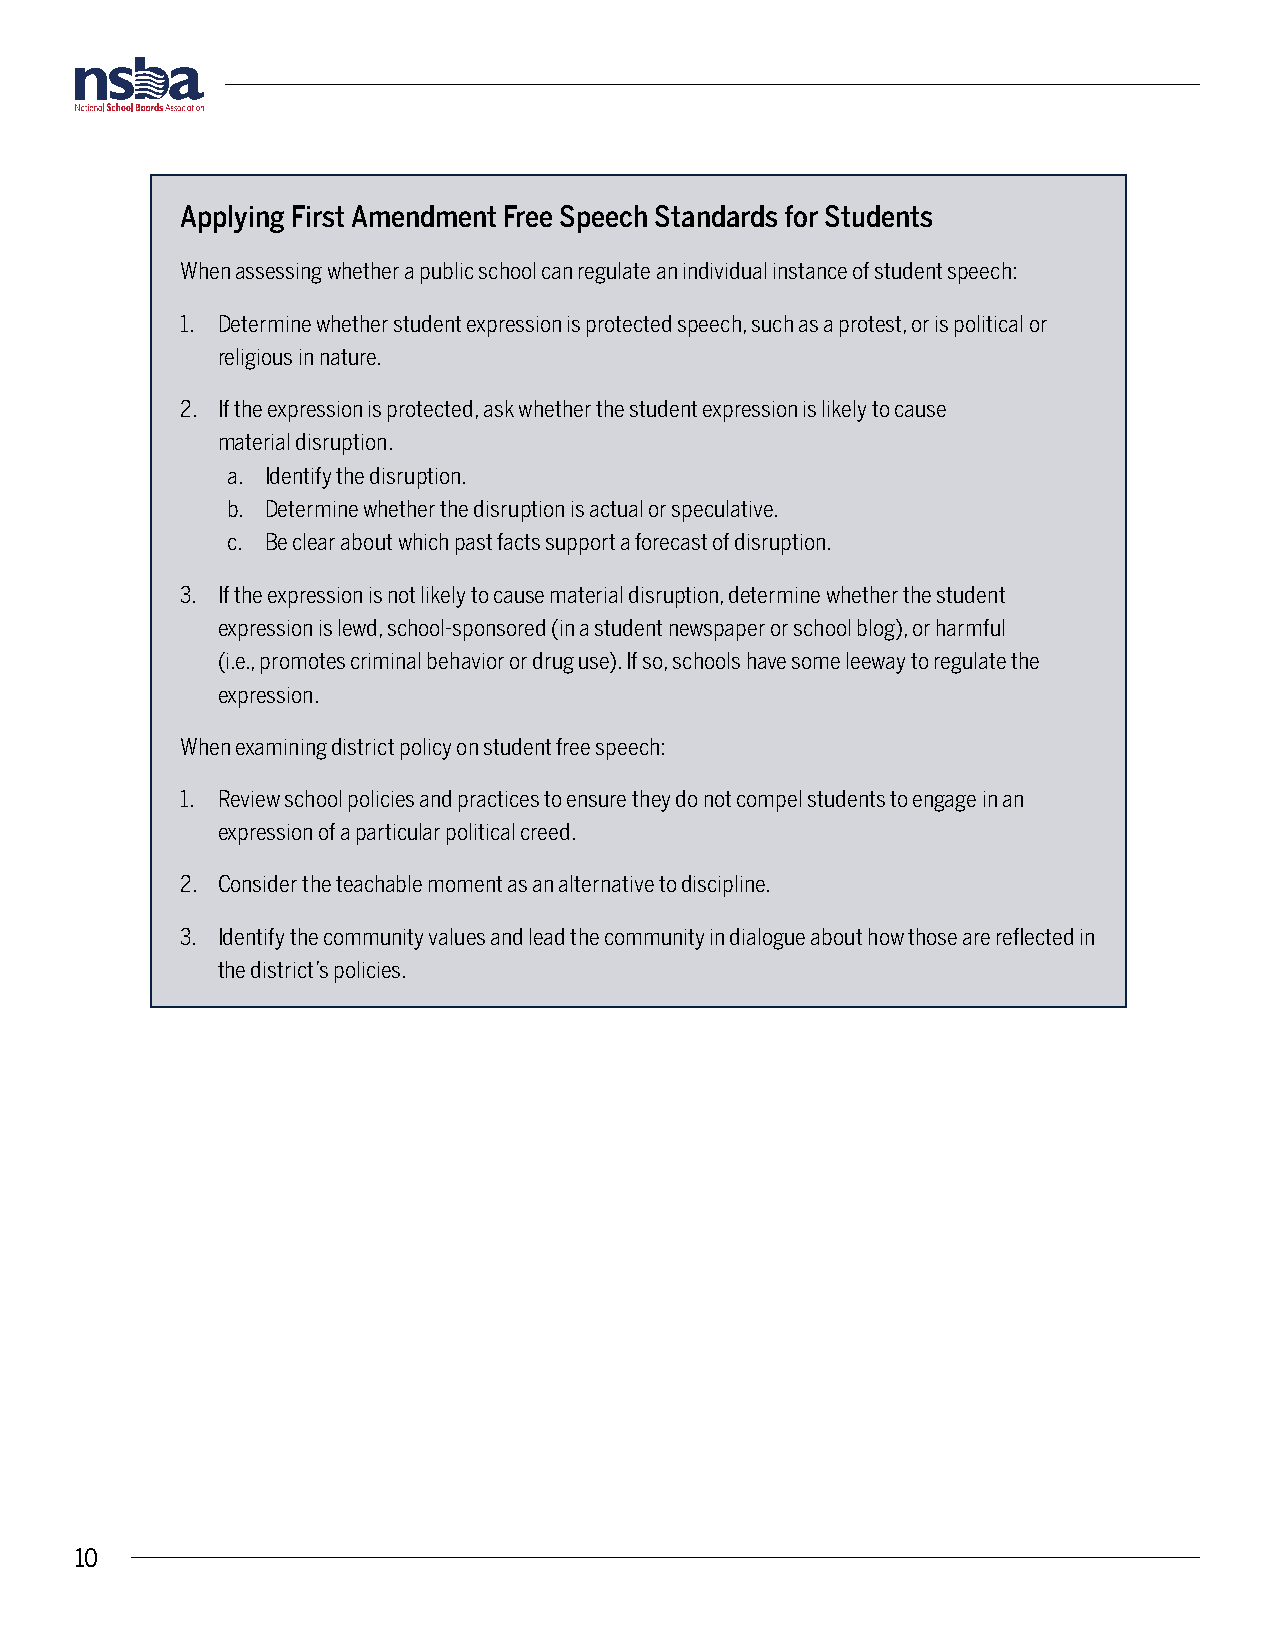
Applying First Amendment Free Speech Standards for Students
 When assessing whether a public school can regulate an individual instance of student speech:
 1. Determine whether student expression is protected speech, such as a protest, or is political or
 religious in nature.
 2. If the expression is protected, ask whether the student expression is likely to cause
 material disruption.
 a. Identify the disruption.
 b. Determine whether the disruption is actual or speculative.
 c. Be clear about which past facts support a forecast of disruption.
 3. If the expression is not likely to cause material disruption, determine whether the student
 expression is lewd, school-sponsored (in a student newspaper or school blog), or harmful
 (i.e., promotes criminal behavior or drug use). If so, schools have some leeway to regulate the
 expression.
 When examining district policy on student free speech:
 1. Review school policies and practices to ensure they do not compel students to engage in an
 expression of a particular political creed.
 2. Consider the teachable moment as an alternative to discipline.
 3. Identify the community values and lead the community in dialogue about how those are reflected in
 the district’s policies.
 10